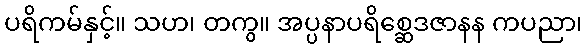
ပရိကမ်နှင့်။ သဟ၊ တကွ။ အပ္ပနာပရိစ္ဆေဒဇာနန ကပညာ၊